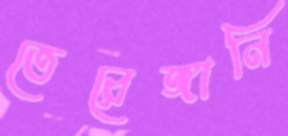
তেরেঙ্গানি